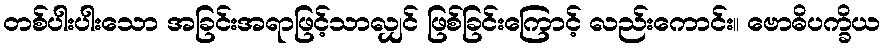
တစ်ပါးပါးသော အခြင်းအရာဖြင့်သာလျှင် ဖြစ်ခြင်းကြောင့် လည်းကောင်း။ ဗောဓိပက္ခိယ